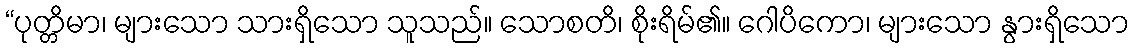
“ပုတ္တိမာ၊ များသော သားရှိသော သူသည်။ သောစတိ၊ စိုးရိမ်၏။ ဂေါပိကော၊ များသော နွားရှိသော